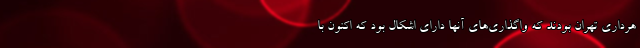
هرداری تهران بودند که واگذاری‌های آنها دارای اشکال بود که اکنون با